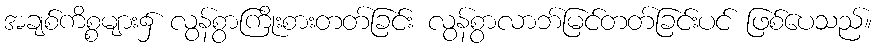
အချစ်ကိစ္စများ၌ လွန်စွာကြိုးစားတတ်ခြင်း လွန်စွာလာဘ်မြင်တတ်ခြင်းပင် ဖြစ်ပေသည်။